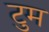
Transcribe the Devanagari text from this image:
टुम